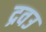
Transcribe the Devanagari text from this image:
द्रवउ